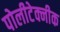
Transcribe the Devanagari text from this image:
पोलीटेक्नीक